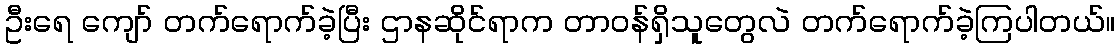
ဦးရေ ကျော် တက်ရောက်ခဲ့ပြီး ဌာနဆိုင်ရာက တာဝန်ရှိသူတွေလဲ တက်ရောက်ခဲ့ကြပါတယ်။